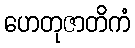
ဟေတုဇာတိကံ